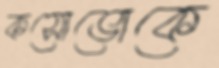
কসোভোকে